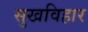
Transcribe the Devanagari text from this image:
सुखविहार